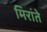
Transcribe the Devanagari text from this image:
मिरांते